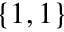
\{ 1 , 1 \}